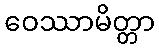
ဝေဿာမိတ္တာ